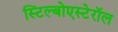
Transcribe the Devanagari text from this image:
स्टिल्बोएस्टेरॉल